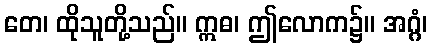
တေ၊ ထိုသူတို့သည်။ ဣဓ၊ ဤလောက၌။ အဂ္ဂံ၊